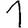
Digit: 1